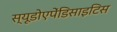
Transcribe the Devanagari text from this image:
स्यूडोएपेंडिसाइटिस